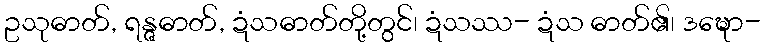
ဥသုဓာတ်, ရန္ဇဓာတ်, ဍံသဓာတ်တို့တွင်၊ ဍံသဿ- ဍံသ ဓာတ်၏၊ ဒဍ္ဎော-